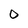
Character: 0